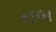
નબ